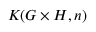
K ( G \times H , n )